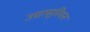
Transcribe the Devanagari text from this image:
उद्यासूरियन